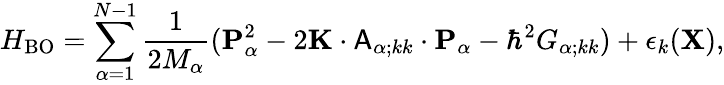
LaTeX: H_{\mathrm{BO}}=\sum_{\alpha=1}^{N-1}\frac{1}{2M_{\alpha}}({\mathbf{P}}_{\alpha}^{2}-2{\mathbf{K}}\cdot{\mathsf{A}}_{\alpha;kk}\cdot{\mathbf{P}}_{\alpha}-\hbar^{2}G_{\alpha;kk})+\epsilon_{k}({\mathbf{X}}),